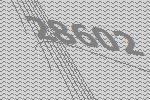
28602